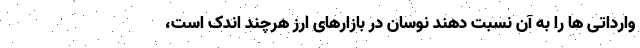
وارداتی ها را به آن نسبت دهند نوسان در بازارهای ارز هرچند اندک است،